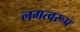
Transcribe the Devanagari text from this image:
लगत्वरूप